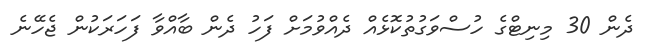
ދެން 30 މިނިޓްގެ ހުސްވަގުތުކޮޅެއް ދެއްވުމަށް ފަހު ދެން ބާއްވާ ފަހަރަކުން ޖެހޭނެ